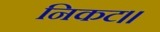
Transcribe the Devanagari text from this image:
निकट।।